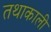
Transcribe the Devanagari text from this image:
तथाकाली